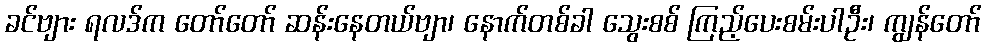
ခင်ဗျား ရလဒ်က တော်တော် ဆန်းနေတယ်ဗျာ၊ နောက်တစ်ခါ သွေးစစ် ကြည့်ပေးစမ်းပါဦး၊ ကျွန်တော်